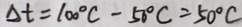
\Delta t = 1 0 0 ^ { \circ } C - 5 0 ^ { \circ } C = 5 0 ^ { \circ } C